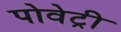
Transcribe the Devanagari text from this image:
पोवेट्री